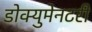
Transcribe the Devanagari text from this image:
डोक्युमेनटरी